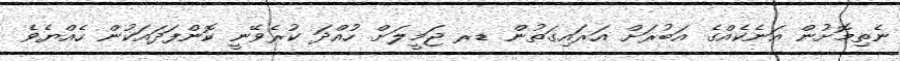
ނެތިމޮށުން އަނެކެއްގެ އަބުރަށް އަރައިގަތުން ޑރ ޖަމީލަށް ހުއްދަ ކުރެވޭނީ ކޮންފަދައަކުން ހެއްޔެވެ